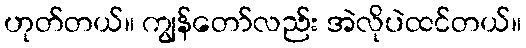
ဟုတ်တယ်။ ကျွန်တော်လည်း အဲလိုပဲထင်တယ်။